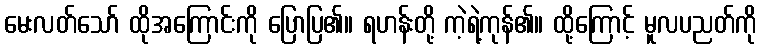
မေးလတ်သော် ထိုအကြောင်းကို ပြောပြ၏။ ရဟန်းတို့ ကဲ့ရဲ့ကုန်၏။ ထို့ကြောင့် မူလပညတ်ကို